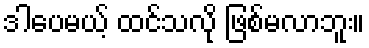
ဒါပေမယ့် ထင်သလို ဖြစ်မလာဘူး။